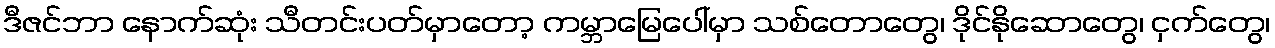
ဒီဇင်ဘာ နောက်ဆုံး သီတင်းပတ်မှာတော့ ကမ္ဘာမြေပေါ်မှာ သစ်တောတွေ၊ ဒိုင်နိုဆောတွေ၊ ငှက်တွေ၊